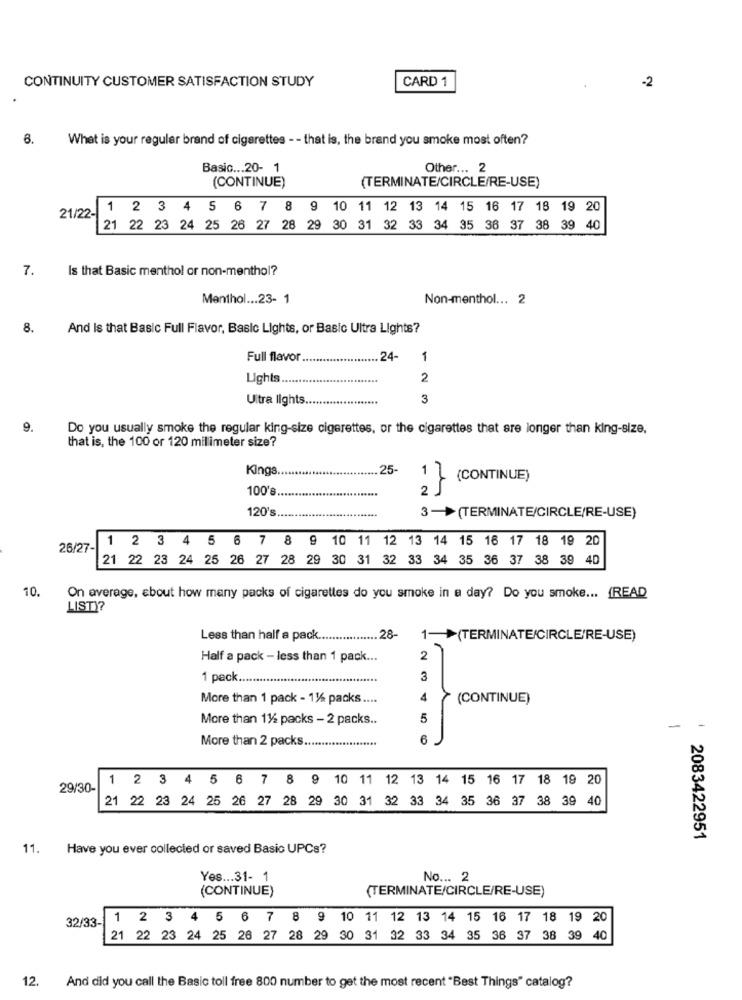
CONTINUITY CUSTOMER SATISFACTION STUDY
CARD 1
-2
8.
What is your regular brand of cigarettes - - that is, the brand you smoke most often?
Basic ... 20- 1
Other ... 2
(TERMINATE/CIRCLE/RE-USE)
(CONTINUE)
21/22- 1 2 3 4 5 6 7 8 9 10 11 12 13 14 15 16 17 18 19 20
21 22 23 24 25 26 27 28 29 30 31 32 33 34 35 36 37 38 39 40
7.
Is that Basic menthol or non-menthol?
Menthol ... 23- 1
Non-menthol ... 2
8.
And Is that Basic Full Flavor, Basic Lights, or Basic Ultra Lights?
Full flavor
... 24-
1
Lights ........
2
Ultra lights ..
.....
3
9.
Do you usually smoke the regular king-size cigarettes, or the cigarettes that are longer than king-size,
that is, the 100 or 120 millimeter size?
Kings.
25-
2 } (CONTINUE)
100's
120's
3-(TERMINATE/CIRCLE/RE-USE)
26/27- 1 2 3 4 5 6 7 8 9 10 11 12 13 14 15 16 17 18 19 20
21 22 23 24 25 26 27 28 29 30 31 32 33 34 35 36 37 38 39 40
10.
On average, about how many packs of cigarettes do you smoke in a day? Do you smoke ... (READ
LISTY?
Less than half a pack ................. 28-
1->(TERMINATE/CIRCLE/RE-USE)
Half a pack - less than 1 pack ...
2
1 pack ..
3
More than 1 pack - 11/6 packs ....
(CONTINUE)
More than 11/2 packs - 2 packs ..
5
-
More than 2 packs ....................
1 2 3 4 5 6 7 8 9 10 11 12 13 14 15 16 17 18 19 20
29/30-
21 22 23 24 25 26 27 28 29 30 31 32 33 34 35 36 37 38 39 40
2083422951
11. Have you ever collected or saved Basic UPCs?
Yes ... 31- 1
No ... 2
(CONTINUE)
(TERMINATE/CIRCLE/RE-USE)
1 2 3 4 5 6 7 8 9 10 11 12 13 14 15 16 17 18 19 20
32/33-
21 22 23 24 25 26 27 28 29 30 31 32 33 34 35 36 37 38 39 40
12.
And did you call the Basic toll free 800 number to get the most recent "Best Things" catalog?